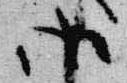
御